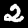
Digit: 2